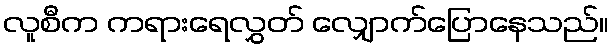
လူစီက ကရားရေလွှတ် လျှောက်ပြောနေသည်။